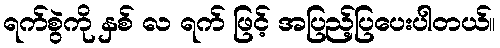
ရက်စွဲကို နှစ် လ ရက် ဖြင့် အပြည့်ပြပေးပါတယ်။